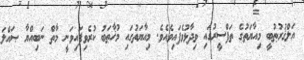
އަލްޤުރުޠުބީ މިއާޔަތުގެ ތަފްސީރުގައި ވިދާޅުވެފައިވެއެވެ. މިއާޔަތުގައި މުޚާޠަބު ކުރެވިފައިވަނީ މާތް ނަބިއްޔާ ޞައްލަ